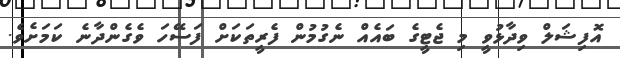
އޮފިޝަލް ވިދާޅުވީ މި ޖެޓީގެ ބައެއް ނެގުމުން ފެރީތަކަށް ފަސޭހަ ވެގެންދާނެ ކަމަށެވެ.